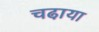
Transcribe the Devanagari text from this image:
चढा़या